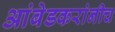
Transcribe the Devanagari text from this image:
आंबेडकरांनीच